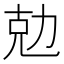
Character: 勊